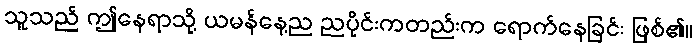
သူသည် ဤနေရာသို့ ယမန်နေ့ည ညပိုင်းကတည်းက ရောက်နေခြင်း ဖြစ်၏။